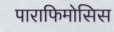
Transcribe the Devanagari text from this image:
पाराफिमोसिस